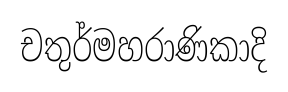
චතුර්මහරාණිකාදි